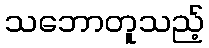
သဘောတူသည့်